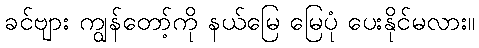
ခင်ဗျား ကျွန်တော့်ကို နယ်မြေ မြေပုံ ပေးနိုင်မလား။